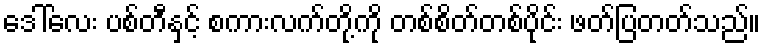
ဒေါ်လေး ပစ်တီနှင့် စကားလက်တို့ကို တစ်စိတ်တစ်ပိုင်း ဖတ်ပြတတ်သည်။